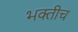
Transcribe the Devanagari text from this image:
भक्तीच